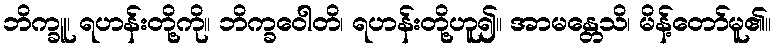
ဘိက္ခူ၊ ရဟန်းတို့ကို။ ဘိက္ခဝေါတိ၊ ရဟန်းတို့ဟူ၍။ အာမန္တေသိ၊ မိန့်တော်မူ၏။